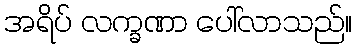
အရိပ် လက္ခဏာ ပေါ်လာသည်။